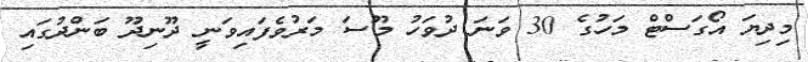
މިދިޔަ އޯގަސްޓް މަހުގެ 30 ވަނަ ދުވަހު މޫސަ މަރުވެފައިވަނީ ދޫނިދޫ ބަންދުގައި